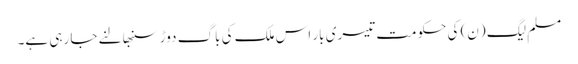
مسلم لیگ (ن) کی حکومت تیسری بار اس ملک کی باگ دوڑ سنبھالنے جا رہی ہے۔